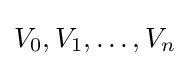
V_{0},V_{1},\ldots ,V_{n}